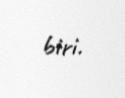
biri.